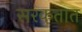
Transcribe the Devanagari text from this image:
सरकतात